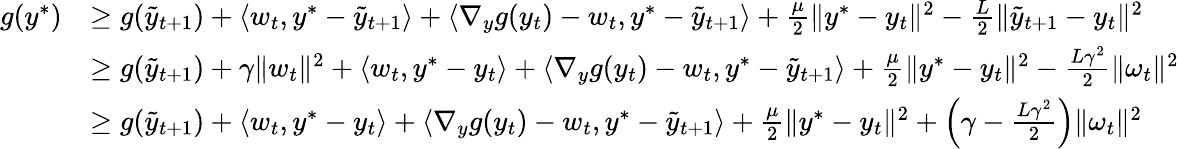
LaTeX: \begin{array}{rl}{g(y^{*})}&{\geq g(\tilde{y}_{t+1})+\langle w_{t},y^{*}-\tilde{y}_{t+1}\rangle+\langle\nabla_{y}g(y_{t})-w_{t},y^{*}-\tilde{y}_{t+1}\rangle+\frac{\mu}{2}\| y^{*}-y_{t}\| ^{2}-\frac{L}{2}\| \tilde{y}_{t+1}-y_{t}\| ^{2}}\\ &{\geq g(\tilde{y}_{t+1})+\gamma\| w_{t}\| ^{2}+\langle w_{t},y^{*}-y_{t}\rangle+\langle\nabla_{y}g(y_{t})-w_{t},y^{*}-\tilde{y}_{t+1}\rangle+\frac{\mu}{2}\| y^{*}-y_{t}\| ^{2}-\frac{L\gamma^{2}}{2}\| \omega_{t}\| ^{2}}\\ &{\geq g(\tilde{y}_{t+1})+\langle w_{t},y^{*}-y_{t}\rangle+\langle\nabla_{y}g(y_{t})-w_{t},y^{*}-\tilde{y}_{t+1}\rangle+\frac{\mu}{2}\| y^{*}-y_{t}\| ^{2}+\left(\gamma-\frac{L\gamma^{2}}{2}\right)\| \omega_{t}\| ^{2}}\end{array}